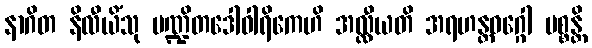
နာဂိတ နိလီယိံသု ပဏ္ဍိတဒေါဝါရိကေဟိ အလ္လီယတိ အရဟန္တဝဂ္ဂေါ ပစ္စန္တိ